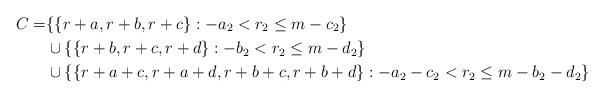
LaTeX: \begin{align*}C = &\{\{r+a,r+b,r+c\}: -a_2 < r_2 \leq m-c_2\} \\&\cup \{\{r+b,r+c,r+d\}: -b_2 < r_2 \leq m-d_2\} \\&\cup \{\{r+a+c,r+a+d,r+b+c,r+b+d\}: -a_2-c_2 < r_2 \leq m-b_2-d_2\}\end{align*}